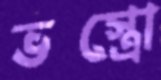
ভস্ত্রো